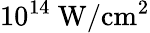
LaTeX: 10^{14}\ \mathrm{W/cm^{2}}